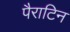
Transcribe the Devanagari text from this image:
पैराटिन